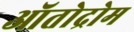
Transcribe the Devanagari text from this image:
ऑतोद्रोम